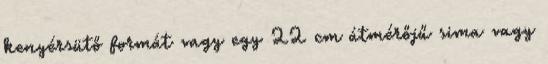
kenyérsütő formát vagy egy 22 cm átmérőjű sima vagy